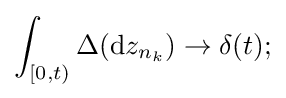
\int _{[0,t)}\Delta (\mathrm {d} z_{n_{k}})\to \delta (t);